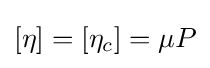
\left[\eta \right]=\left[\eta _{c}\right]=\mu P